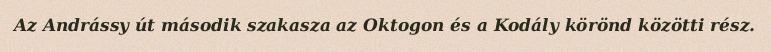
Az Andrássy út második szakasza az Oktogon és a Kodály körönd közötti rész.